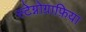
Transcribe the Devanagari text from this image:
स्टेग्नोग्राफ़िया